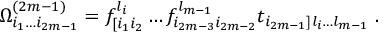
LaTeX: \Omega _ { i _ { 1 } \dots i _ { 2 m - 1 } } ^ { ( 2 m - 1 ) } = f _ { [ i _ { 1 } i _ { 2 } } ^ { l _ { i } } \dots f _ { i _ { 2 m - 3 } i _ { 2 m - 2 } } ^ { l _ { m - 1 } } t _ { i _ { 2 m - 1 } ] l _ { i } \dots l _ { m - 1 } } \ .